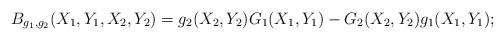
LaTeX: \begin{align*}B_{g_1,g_2}(X_1,Y_1,X_2,Y_2) = g_2(X_2,Y_2)G_1(X_1,Y_1) - G_2(X_2,Y_2)g_1(X_1,Y_1);\end{align*}